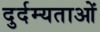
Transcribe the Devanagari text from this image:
दुर्दम्यताओं